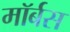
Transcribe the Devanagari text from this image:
मॉर्बस